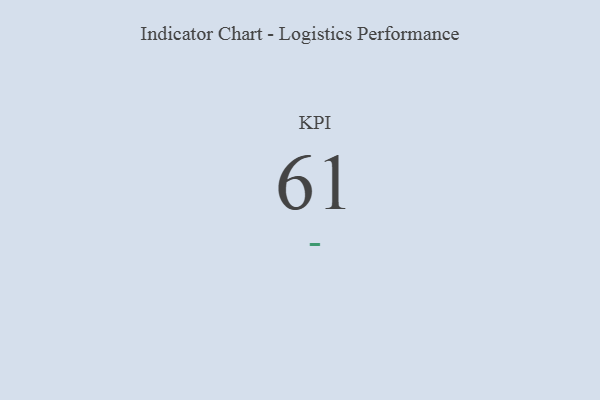
{"axis": {"x": "KPI", "y": "Value"}, "legend": [""], "data": [{"x": "KPI", "y": 61, "type": ""}]}